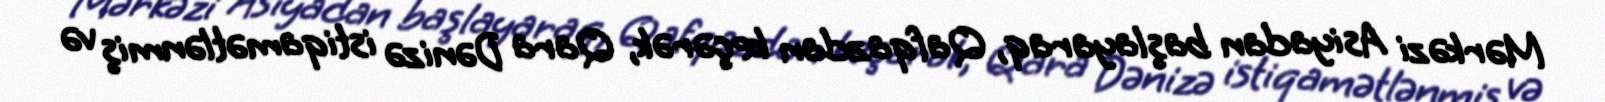
Mərkəzi Asiyadan başlayaraq, Qafqazdan keçərək, Qara Dənizə istiqamətlənmiş və